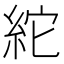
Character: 紽